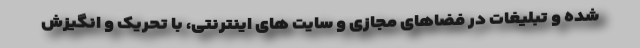
شده و تبلیغات در فضاهای مجازی و سایت های اینترنتی، با تحریک و انگیزش